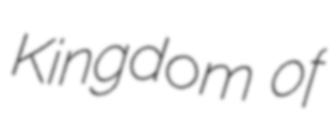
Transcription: Kingdom of